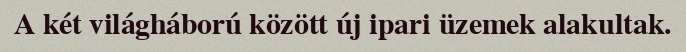
A két világháború között új ipari üzemek alakultak.